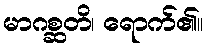
မာဂစ္ဆတိ၊ ရောက်၏။